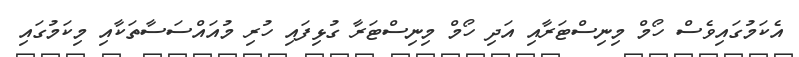
އެކަމުގައިވެސް ހޯމް މިނިސްޓަރާއި އަދި ހޯމް މިނިސްޓަރާ ގުޅިފައި ހުރި މުއައްސަސާތަކާއި މިކަމުގައި